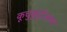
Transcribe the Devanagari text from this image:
कूचुकुट्टीअम्मा